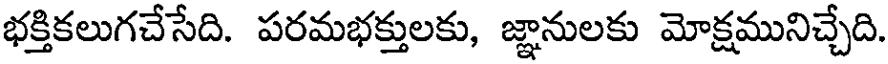
భక్తికలుగచేసేది. పరమభక్తులకు, జ్ఞానులకు మోక్షమునిచ్చేది.